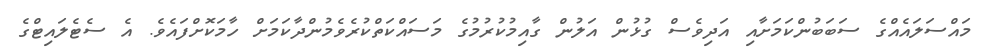
މައްސަލައެއްގެ ސަބަބުންކަމަށާއި އަދިވެސް ގުޅުން އަލުން ގާއިމުކުރުމުގެ މަސައްކަތްކުރެވެމުންދާކަމަށް ހާމަކޮށްފައެވެ. އެ ސެޓެލައިޓްގެ